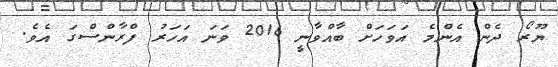
ޔޫރޯ ދެން އެންމެ އަވަހަށް ބާއްވާނީ 2016 ވަނަ އަހަރު ފްރާންސްގަ އެވެ.